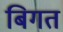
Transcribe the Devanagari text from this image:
बिगत